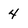
Character: 4